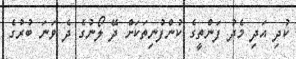
ކުދި އަދި މެދު ފަންތީގެ ކުންފުނިތަކަށް ދޭ ލޯނުގެ ދެ ވަނަ ބުރުގެ